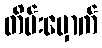
တိမ်းမှောက်